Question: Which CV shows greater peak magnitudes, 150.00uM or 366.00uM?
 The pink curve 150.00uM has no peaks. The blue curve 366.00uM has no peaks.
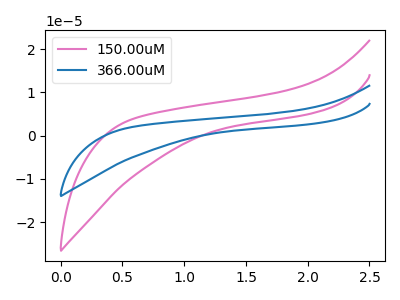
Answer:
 <answer>Niether CV has any peaks.</answer>
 <eval>blanks</eval>